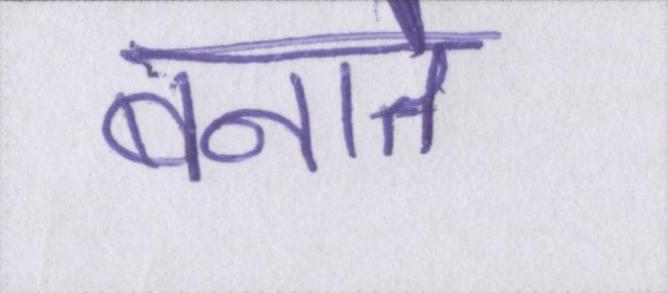
बनाते